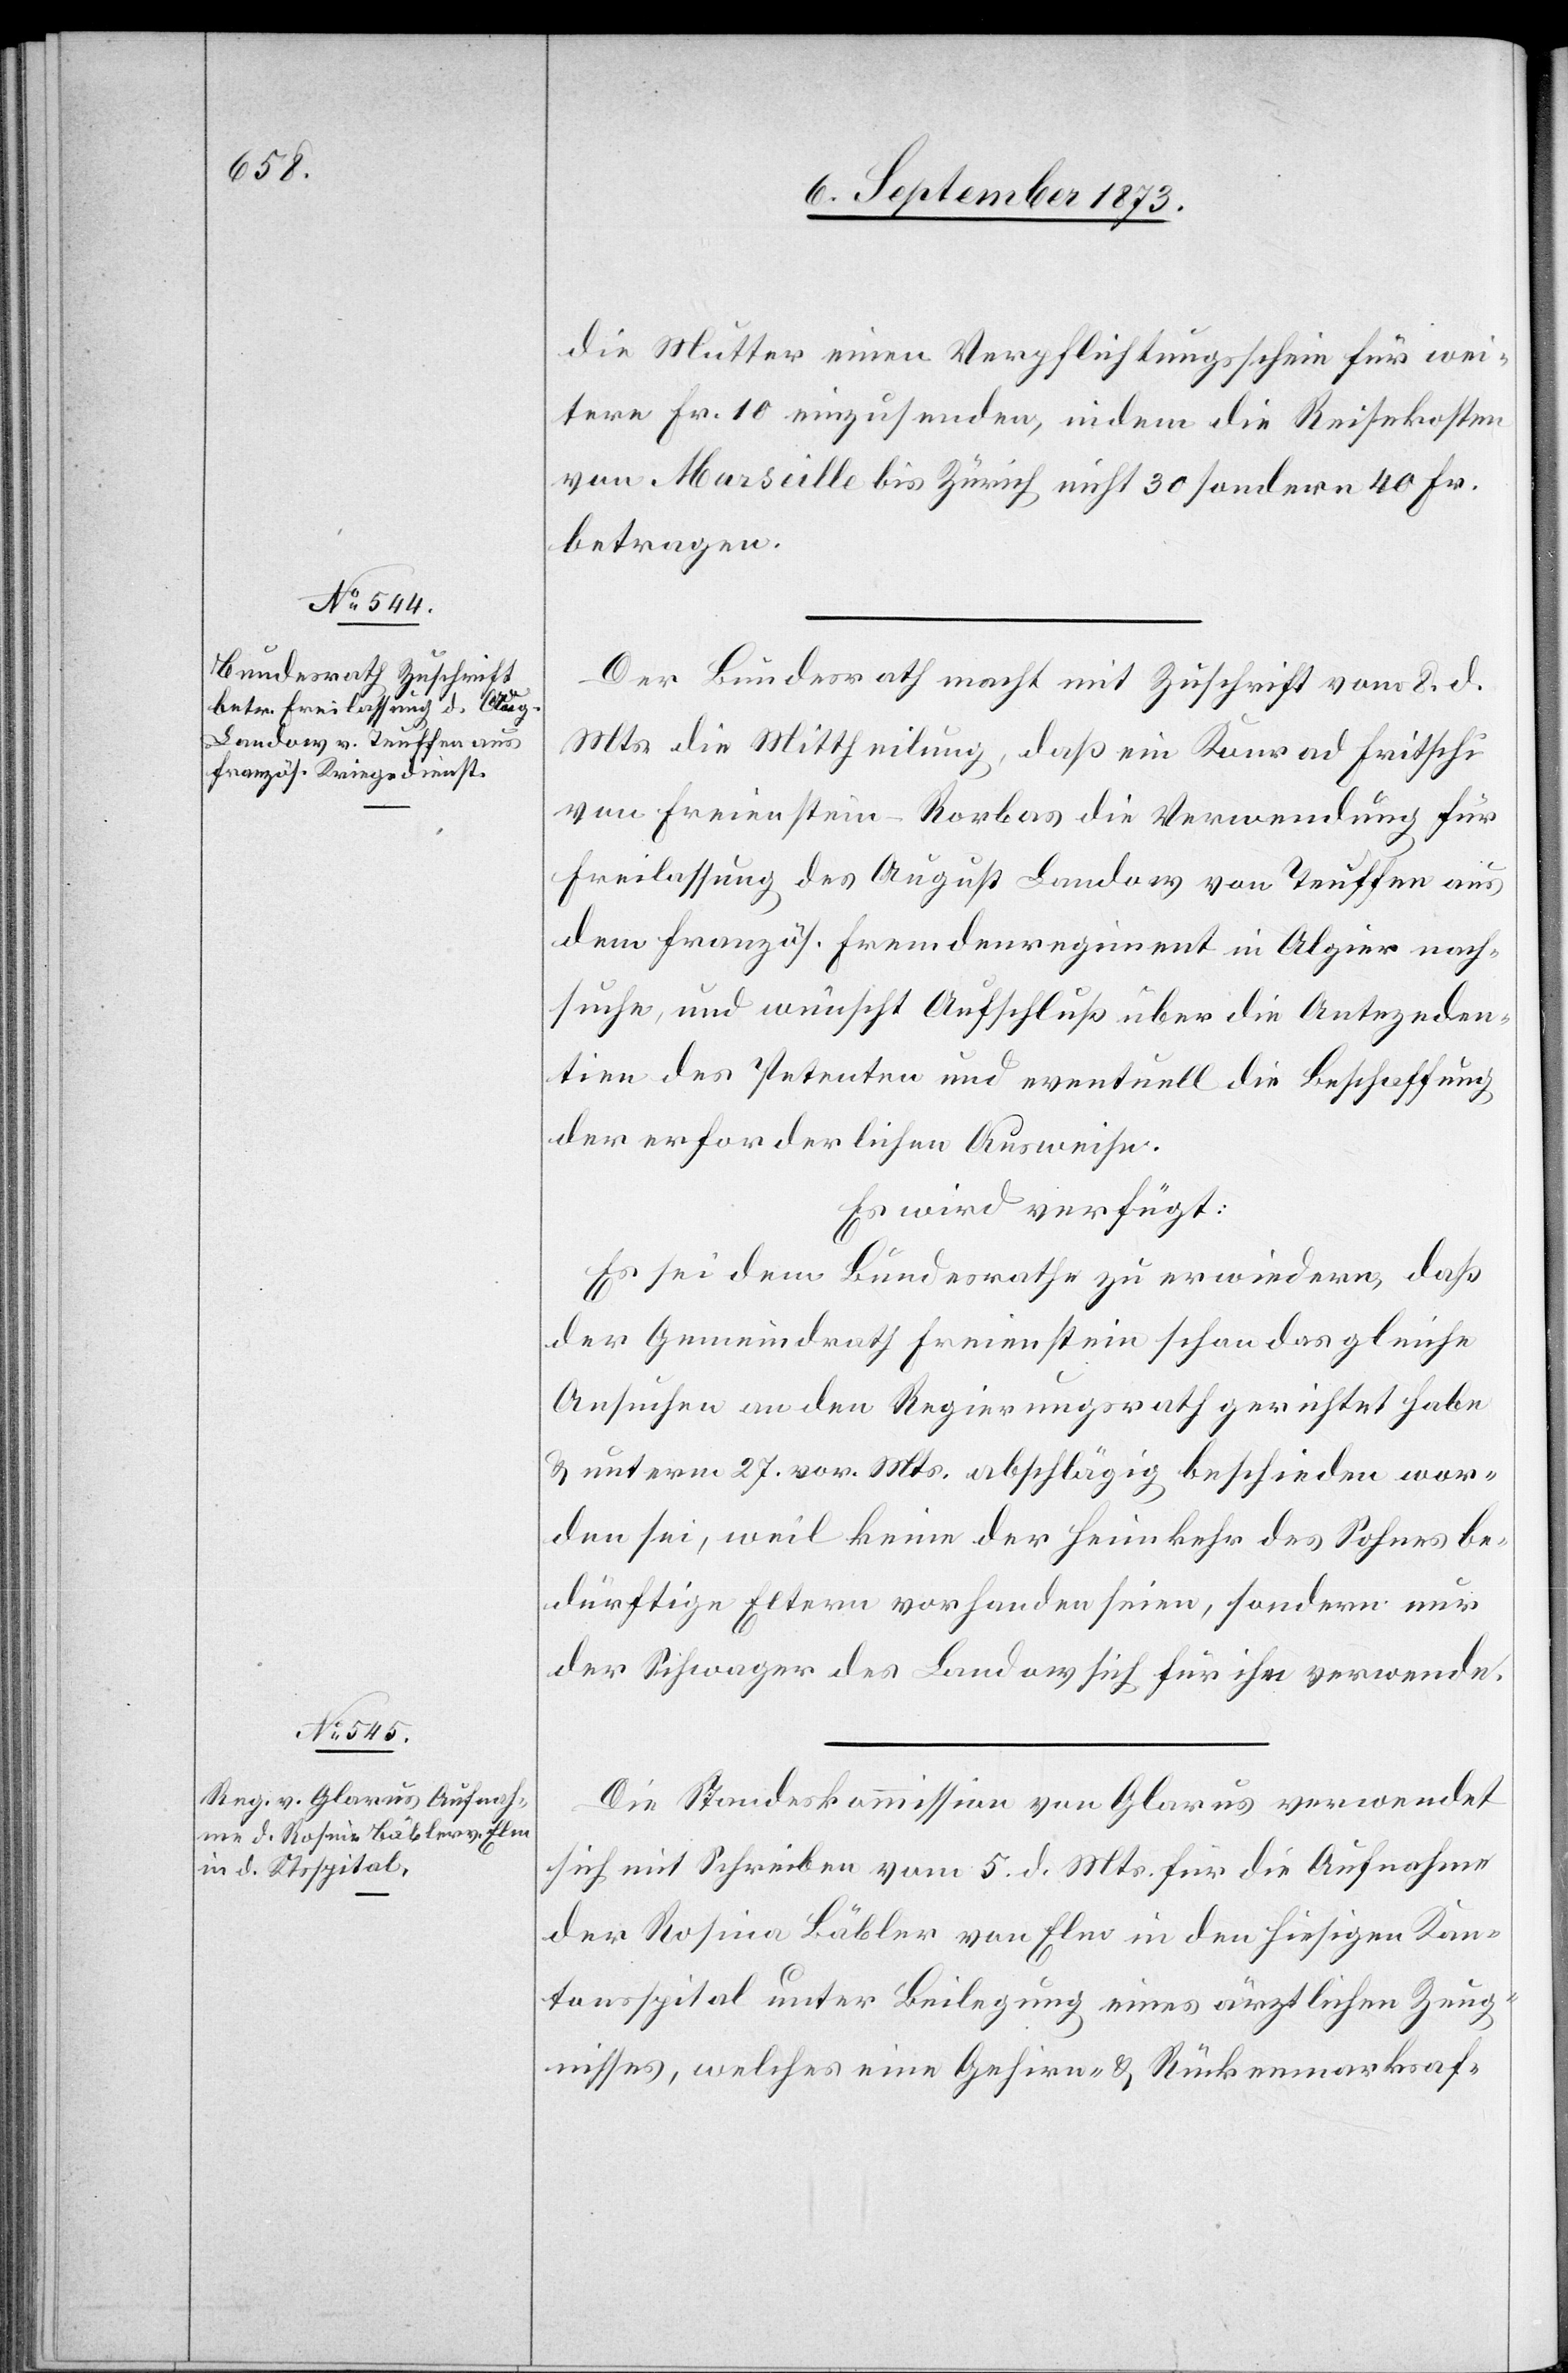
11. September 1873.]
die Mutter einen Verpflichtungsschein für wei¬
tere Fr. 10 einzusenden, indem die Reisekosten
von Marseille bis Zürich nicht 30 sondern 40 Fr.
betragen.
Der Bundesrath macht mit Zuschrift vom 8. d.
Mts. die Mittheilung, daß ein Konrad Fritschi
von Freienstein-Rorbas die Verwendung für
Freilassung des August Landow von Teuffen aus
dem französ. Fremdenregiment in Algier nach¬
suche, und wünscht Aufschluß über die Antezeden¬
tien des Petenten und eventuell die Beschaffung
der erforderlichen Ausweise.
Es wird verfügt:
Es sei dem Bundesrath zu erwiedern, daß
der Gemeindrath Freienstein schon das gleiche
Ansuchen an den Regierungsrath gerichtet habe
& unterm 27. vor. Mts. abschlägig beschieden wor¬
den sei, weil keine der Heimkehr des Sohnes be¬
dürftige Eltern vorhanden seien, sondern nur
der Schwager des Landow sich für ihn verwende.
Die Standeskommission von Glarus verwendet
sich mit Schreiben vom 5. d. Mts. für die Aufnahme
der Rosina [sic!] Bäbler von Elm in den hiesigen Kan¬
tonsspital unter Beilegung eines ärztlichen Zeug¬
nisses, welches eine Gehirn- & Rückenmarksaf-